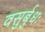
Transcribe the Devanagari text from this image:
वसुर्बुधः